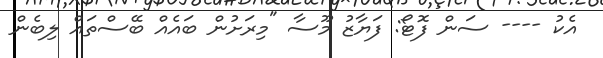
އެކު ---- ސަން ފޮޓޯ: ފަޔާޒު މޫސާ "މިރަށުން ބައެއް ބޭސްތައް ލިބެން